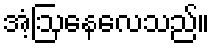
အံ့ဩနေလေသည်။